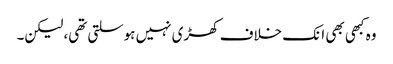
وہ کبھی بھی انک خلاف کھڑی نہیں ہوسلتی تھی، لیکن۔